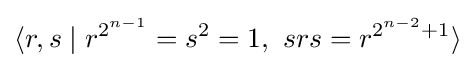
\langle r,s\mid r^{2^{n-1}}=s^{2}=1,\ srs=r^{2^{n-2}+1}\rangle \,\!